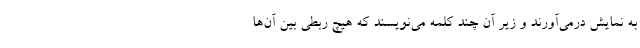
به نمایش درمی‌آورند و زیر آن چند کلمه می‌نویسند که هیچ ربطی بین آن‌ها